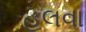
હલવા